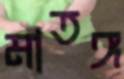
মাতঙ্গ